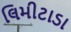
લિમીટાડા